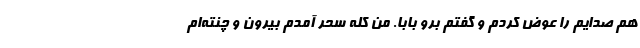
هم صدایم را عوض کردم و گفتم برو بابا. من کله سحر آمدم بیرون و چنته‌ام